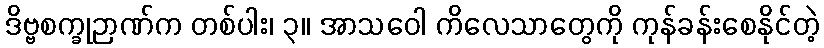
ဒိဗ္ဗစက္ခုဉာဏ်က တစ်ပါး၊ ၃။ အာသဝေါ ကိလေသာတွေကို ကုန်ခန်းစေနိုင်တဲ့